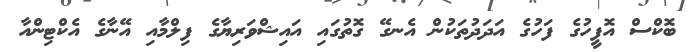
ބޮކްސް އޮފީހުގެ ފަހުގެ އަދަދުތަކުން އެނގޭ ގޮތުގައި އައިޝްވަރިޔާގެ ފިލްމާއި އޭނާގެ އެކްޓިންއާ